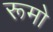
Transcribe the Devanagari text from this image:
रूमो